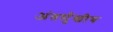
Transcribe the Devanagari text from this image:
अंतर्मुखीय